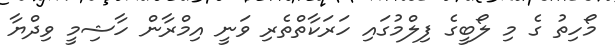
މޯހިތު ގެ މި ލޯބީގެ ފިލްމުގައި ހަރަކާތްތެރި ވަނީ އިމްރާން ހާޝިމީ ވިދްޔާ